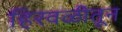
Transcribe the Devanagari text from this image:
हिरवळीतून